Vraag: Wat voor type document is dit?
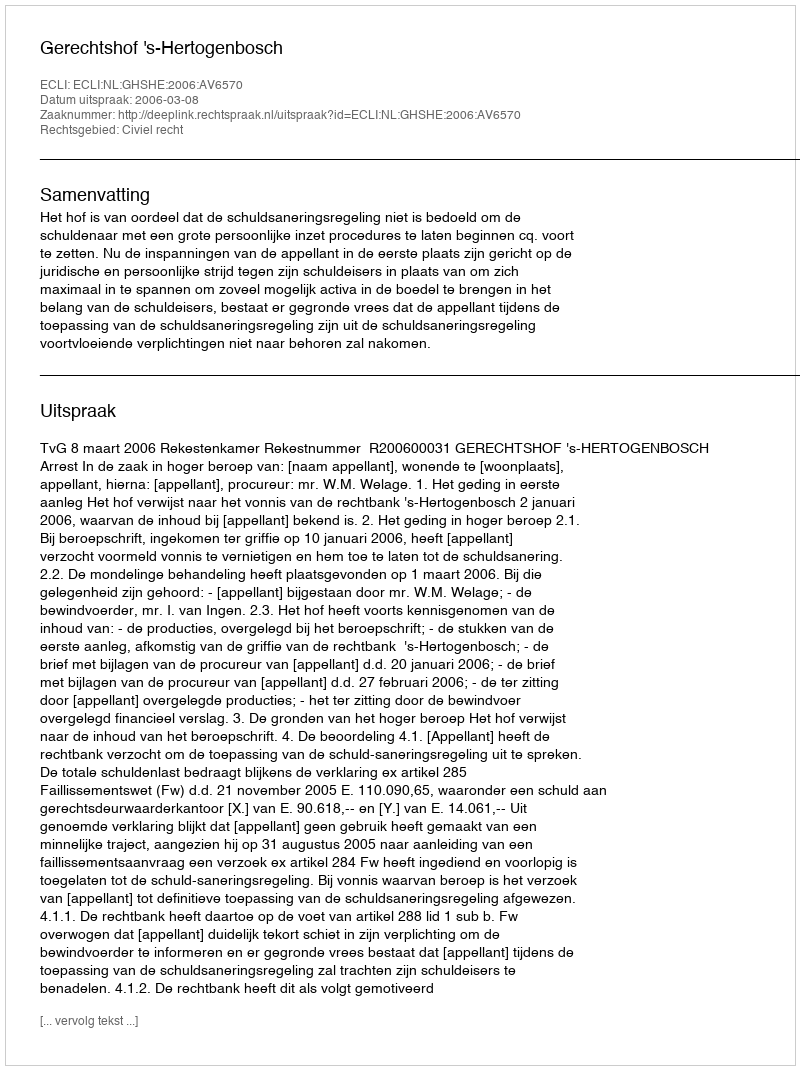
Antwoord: Uitspraak